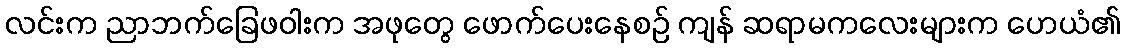
လင်းက ညာဘက်ခြေဖဝါးက အဖုတွေ ဖောက်ပေးနေစဉ် ကျန် ဆရာမကလေးများက ဟေယံ၏